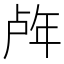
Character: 𰏧